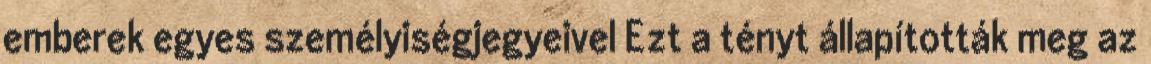
emberek egyes személyiségjegyeivel Ezt a tényt állapították meg az